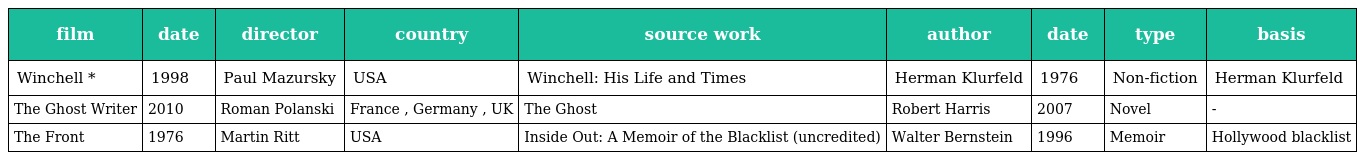
| film | date | director | country | source work | author | date | type | basis |
 | --- | --- | --- | --- | --- | --- | --- | --- | --- |
 | Winchell * | 1998 | Paul Mazursky | USA | Winchell: His Life and Times | Herman Klurfeld | 1976 | Non-fiction | Herman Klurfeld |
 | The Ghost Writer | 2010 | Roman Polanski | France , Germany , UK | The Ghost | Robert Harris | 2007 | Novel | - |
 | The Front | 1976 | Martin Ritt | USA | Inside Out: A Memoir of the Blacklist (uncredited) | Walter Bernstein | 1996 | Memoir | Hollywood blacklist |